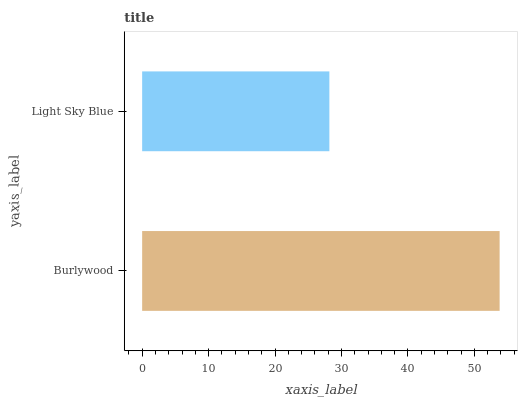
| yaxis_label | bars |
 | --- | --- |
 | Burlywood | 53.8 |
 | Light Sky Blue | 28.2 |